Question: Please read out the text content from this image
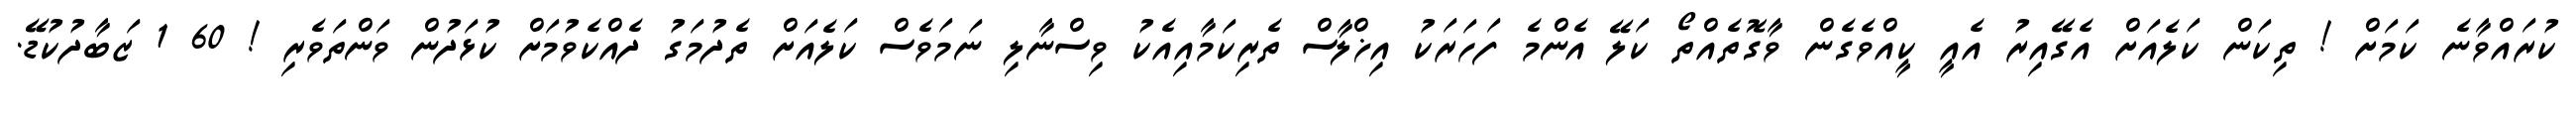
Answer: ކުރައްވާނެ ކަމަށް ! ތިކަން ކަލެއަށް އެގޭއިރު އެއީ ކީއްވެގެން ވާގޮތެއްތޯ ކަލޭ އެންމެ ފަހަރަކު އިޚްލާސް ތެރިކަމާއިއެކު ވިސްނާލި ނަމަވެސް ކަލެއަށް ތެދުމަގު ދެއްކެވުމަށް ކުޅަދުން ވަންތަވެރި ! 60 1 ޒަބާދުކުޑޭ.